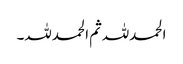
الحمدللہ ثم الحمدللہ۔